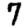
Digit: 7